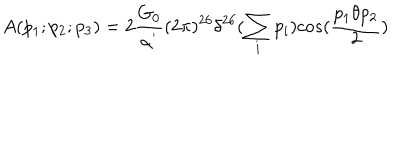
A ( p _ { 1 } ; p _ { 2 } ; p _ { 3 } ) = 2 \frac { G _ { 0 } } { \alpha ^ { ' } } ( 2 \pi ) ^ { 2 6 } \delta ^ { 2 6 } ( \sum _ { i } p _ { i } ) c o s ( \frac { p _ { 1 } \theta p _ { 2 } } { 2 } )